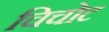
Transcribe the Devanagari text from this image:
चिचोट